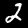
Digit: 2